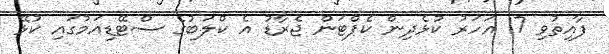
ފާއިތުވި 17 އަހަރު ކުޅެދިން ކެޕްޓަން ޖެރާޑު އެ ކްލަބުގެ ސްޓޭޑިއަމުގައި ކުޅޭ